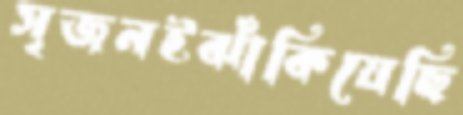
সৃজনইঝাঁকিয়েছি